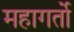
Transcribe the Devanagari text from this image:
महागर्तो